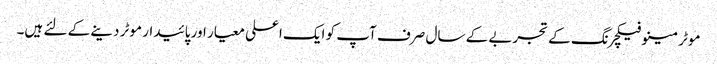
موٹر مینوفیکچرنگ کے تجربے کے سال صرف آپ کو ایک اعلی معیار اور پائیدار موٹر دینے کے لئے ہیں۔